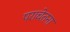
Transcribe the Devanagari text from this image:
पराचेतना